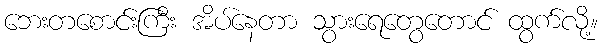
ဘေးတစောင်းကြီး အိပ်နေတာ သွားရေတွေတောင် ထွက်လို့။